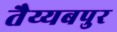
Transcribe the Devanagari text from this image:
तैय्यबपुर